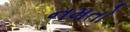
નમતો